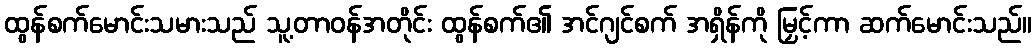
ထွန်စက်မောင်းသမားသည် သူ့တာဝန်အတိုင်း ထွန်စက်၏ အင်ဂျင်စက် အရှိန်ကို မြှင့်ကာ ဆက်မောင်းသည်။